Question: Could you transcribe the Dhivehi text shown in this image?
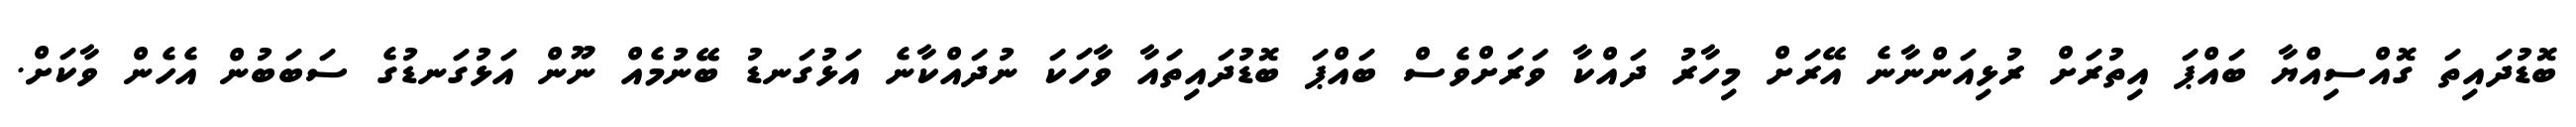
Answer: ބޮޑުދައިތަ ގޮއްސިއްޔާ ބައްޕަ އިތުރަށް ރުޅިއަންނާނެ އޭރަށް މިހާރު ދައްކާ ވަރަށްވެސް ބައްޕަ ބޮޑުދައިތައާ ވާހަކަ ނުދައްކާނެ އަޅުގަނޑު ބޭނުމެއް ނޫން އަޅުގަނޑުގެ ސަބަބުން އެހެން ވާކަށް.